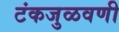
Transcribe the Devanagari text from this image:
टंकजुळवणी